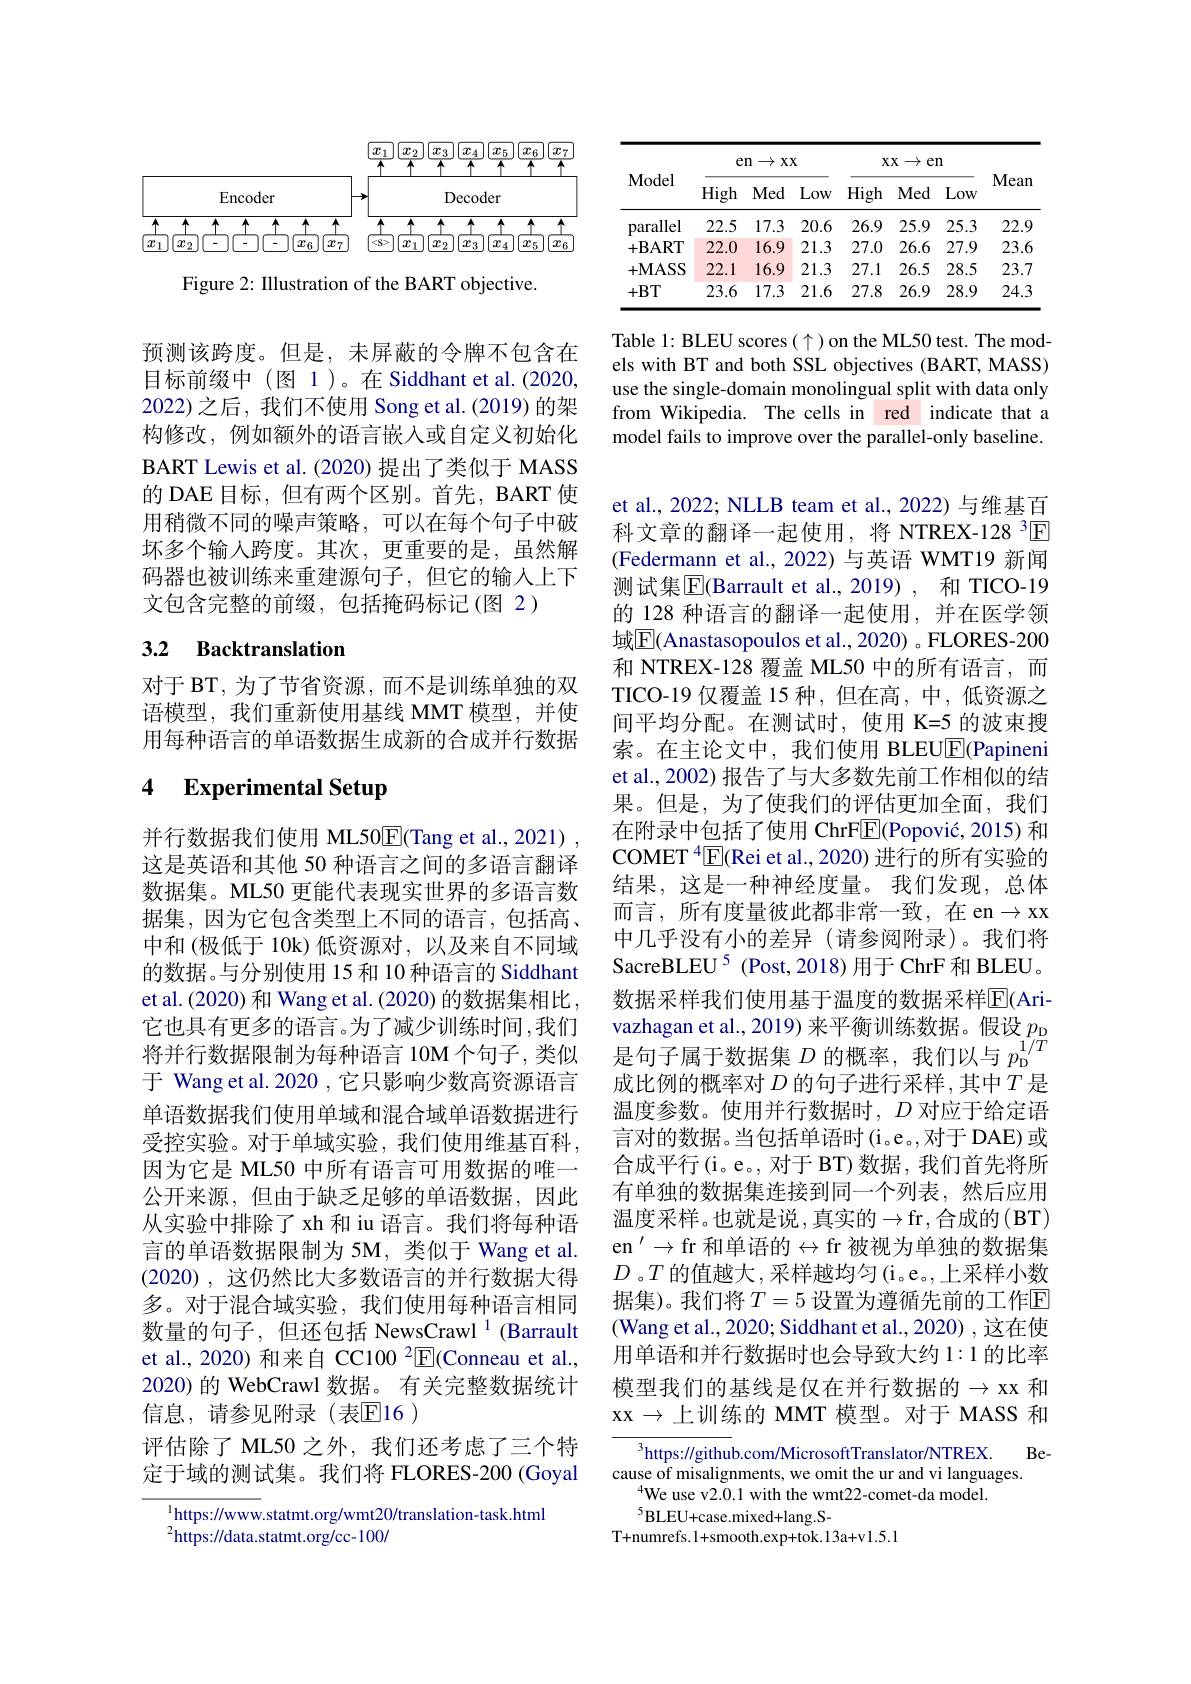
<FigureHere>

Figure 2: Illustration of the BART objective.

预测该跨度。但是，未屏蔽的令牌不包含在目标前缀中(图 1)。在 Siddhant et al.(2020, 2022)之后，我们不使用 Song et al.(2019) 的架构修改，例如额外的语言嵌入或自定义初始化BART Lewis et al. (2020) 提出了类似于 MASS 的 DAE 目标，但有两个区别。首先，BART 使用稍微不同的噪声策略，可以在每个句子中破坏多个输入跨度。其次，更重要的是，虽然解码器也被训练来重建源句子，但它的输入上下文包含完整的前缀，包括掩码标记(图 2)

## 3.2 Backtranslation

对于 BT, 为了节省资源，而不是训练单独的双语模型，我们重新使用基线 MMT 模型，并使用每种语言的单语数据生成新的合成并行数据

### 4 $\textbf{Experimental Setup}$

并行数据我们使用 ML50E(Tang et al., 2021) , 这是英语和其他 50 种语言之间的多语言翻译数据集。ML50 更能代表现实世界的多语言数据集，因为它包含类型上不同的语言，包括高、 中和(极低于 10k)低资源对，以及来自不同域的数据。与分别使用 15 和 10 种语言的 Siddhant et al.(2020) 和 Wang et al. (2020) 的数据集相比， 它也具有更多的语言。为了减少训练时间，我们将并行数据限制为每种语言 10M 个句子，类似于 Wang et al. 2020 , 它只影响少数高资源语言单语数据我们使用单域和混合域单语数据进行受控实验。对于单域实验，我们使用维基百科， 因为它是 ML50 中所有语言可用数据的唯一公开来源，但由于缺乏足够的单语数据，因此从实验中排除了 xh 和 iu 语言。我们将每种语言的单语数据限制为 5M,类似于 Wang et al. (2020) , 这仍然比大多数语言的并行数据大得多。对于混合域实验，我们使用每种语言相同数量的句子，但还包括 NewsCrawl $^{1}$ (Barrault et al., 2020) 和来自 CC100 $^2$E(Conneau et al., 2020) 的 WebCrawl 数据。有关完整数据统计信息，请参见附录(表$\mathbb{E}$16 )
评估除了 ML50 之外，我们还考虑了三个特定于域的测试集。我们将 FLORES-200 (Goyal

$^{1}$https://www.statmt.org/wmt20/translation-task.html
$^{2}$https://data.statmt.org/cc-100/

<table>
	<tbody>
		<tr>
			<th rowspan="2">Model</th>
			<th colspan="3">$\exp\to xx$</th>
			<th colspan="3">$xx\to en$</th>
			<th rowspan="2">Mean</th>
		</tr>
		<tr>
			<th>High</th>
			<th>Med</th>
			<th>Low</th>
			<th>High</th>
			<th>Med</th>
			<th>Low</th>
		</tr>
		<tr>
			<td>parallel</td>
			<td>22.5</td>
			<td>17.3</td>
			<td>20.6</td>
			<td>26.9</td>
			<td>25.9</td>
			<td>25.3</td>
			<td>22.9</td>
		</tr>
		<tr>
			<td>$+\mathbf{BART}$</td>
			<td>22.0</td>
			<td>16.9</td>
			<td>21.3</td>
			<td>27.0</td>
			<td>26.6</td>
			<td>27.9</td>
			<td>23.6</td>
		</tr>
		<tr>
			<td>$+\mathbf{MASS}$</td>
			<td>22.1</td>
			<td>16.9</td>
			<td>21.3</td>
			<td>27.1</td>
			<td>26.5</td>
			<td>28.5</td>
			<td>23.7</td>
		</tr>
		<tr>
			<td>+BT</td>
			<td>23.6</td>
			<td>17.3</td>
			<td>21.6</td>
			<td>27.8</td>
			<td>26.9</td>
			<td>28.9</td>
			<td>24.3</td>
		</tr>
	</tbody>
</table>

Table 1: BLEU scores $(\uparrow)$ on the ML50 test. The models with BT and both SSL objectives (BART, MASS) use the single-domain monolingual split with data only from Wikipedia. The cells in red indicate that a model fails to improve over the parallel-only baseline.

et al., 2022; NLLB team et al., 2022) 与维基百科文章的翻译一起使用，将 NTREX-128 $^3\boxed{\mathrm{F}}$ (Federmann et al.,2022)与英语 WMT19 新闻测试集$\boxed{\mathrm{F}}$(Barrault et al.,2019), 和 TICO-19的 128 种语言的翻译一起使用，并在医学领域$\boxed{\mathrm{E}}($Anastasopoulos et al., 2020) 。FLORES-200和 NTREX-128 覆盖 ML50 中的所有语言，而TICO-19 仅覆盖 15 种，但在高，中，低资源之间平均分配。在测试时，使用 K=5 的波束搜索。在主论文中，我们使用 BLEU$\underline{\mathrm{E}}($Papineni et al., 2002) 报告了与大多数先前工作相似的结果。但是，为了使我们的评估更加全面，我们在附录中包括了使用 ChrF$\overline {\mathrm{E} }( \text{Popovi\' {c}, 2015) 和 }$ $\mathrm{COMET~}^{4}[\overline{{\mathrm{E}}}($Rei et al., 2020) 进行的所有实验的结果，这是一种神经度量。我们发现，总体而言，所有度量彼此都非常一致，在 en$\to$xx 中几乎没有小的差异(请参阅附录)。我们将SacreBLEU$^{5}$ (Post,2018) 用于 ChrF 和 BLEU。数据采样我们使用基于温度的数据采样$\overline{\mathrm{E}}$(Arivazhagan et al., 2019) 来平衡训练数据。假设$p_\mathrm{D}$ 是句子属于数据集$D$的概率，我们以与$p_\mathrm{b}^{1/T}$ 成比例的概率对$D$的句子进行采样，其中$T$是温度参数。使用并行数据时，$D$对应于给定语言对的数据。当包括单语时(i.e。,对于 DAE)或合成平行(i。e。, 对于 BT) 数据，我们首先将所有单独的数据集连接到同一个列表，然后应用温度采样。也就是说，真实的$\to$fr,合成的$(\mathbf{B}$T) en $^\prime\to$fr 和单语的$\leftrightarrow$fr 被视为单独的数据集$D$ 。$T$的值越大，采样越均匀(i。e。,上采样小数据集)。我们将 $T=5$ 设置为遵循先前的工作$\mathbb{E}$ (Wang et al., 2020; Siddhant et al., 2020) , 这在使用单语和并行数据时也会导致大约1：1的比率模型我们的基线是仅在并行数据的$\to$xx 和xx$\to 上 训 练 的 MMT 模 型 。对 于 MASS 和$

$^3$https://github.com/MicrosoftTranslator/NTREX.Be-
cause of misalignments, we omit the ur and vi languages
$^{4}$We use v2.0.1 with the wmt22-comet-da model.
$^{5}$BLEU+ case. mixed+ lang. S-
T+numrefs.1+smooth.exp+tok.13a+v1.5.1